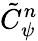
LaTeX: \tilde{C}_{\psi}^{n}